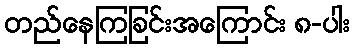
တည်နေကြခြင်းအကြောင်း ၈-ပါး